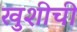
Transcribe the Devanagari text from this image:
खुशीची